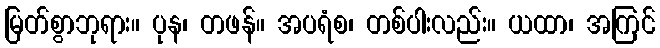
မြတ်စွာဘုရား။ ပုန၊ တဖန်။ အပရံစ၊ တစ်ပါးလည်း။ ယထာ၊ အကြင်